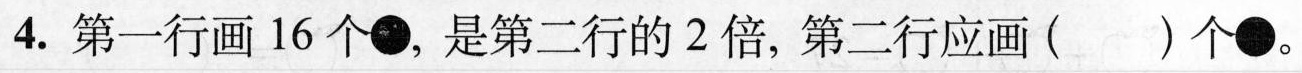
4.第一行画16个\bullet ，是第二行的2倍，第二行应画( )个\bullet 。